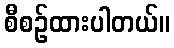
စီစဉ်ထားပါတယ်။